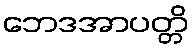
ဘေဒအာပတ္တိ